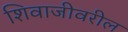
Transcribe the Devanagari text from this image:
शिवाजीवरील